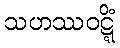
သဟဿဝဋ္ဋိံ